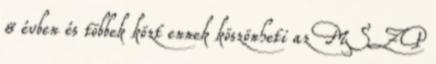
8 évben és többek közt ennek köszönheti az MSZP